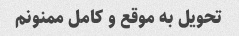
تحویل به موقع و کامل ممنونم